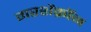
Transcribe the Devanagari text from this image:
गरशेंक्रॉन